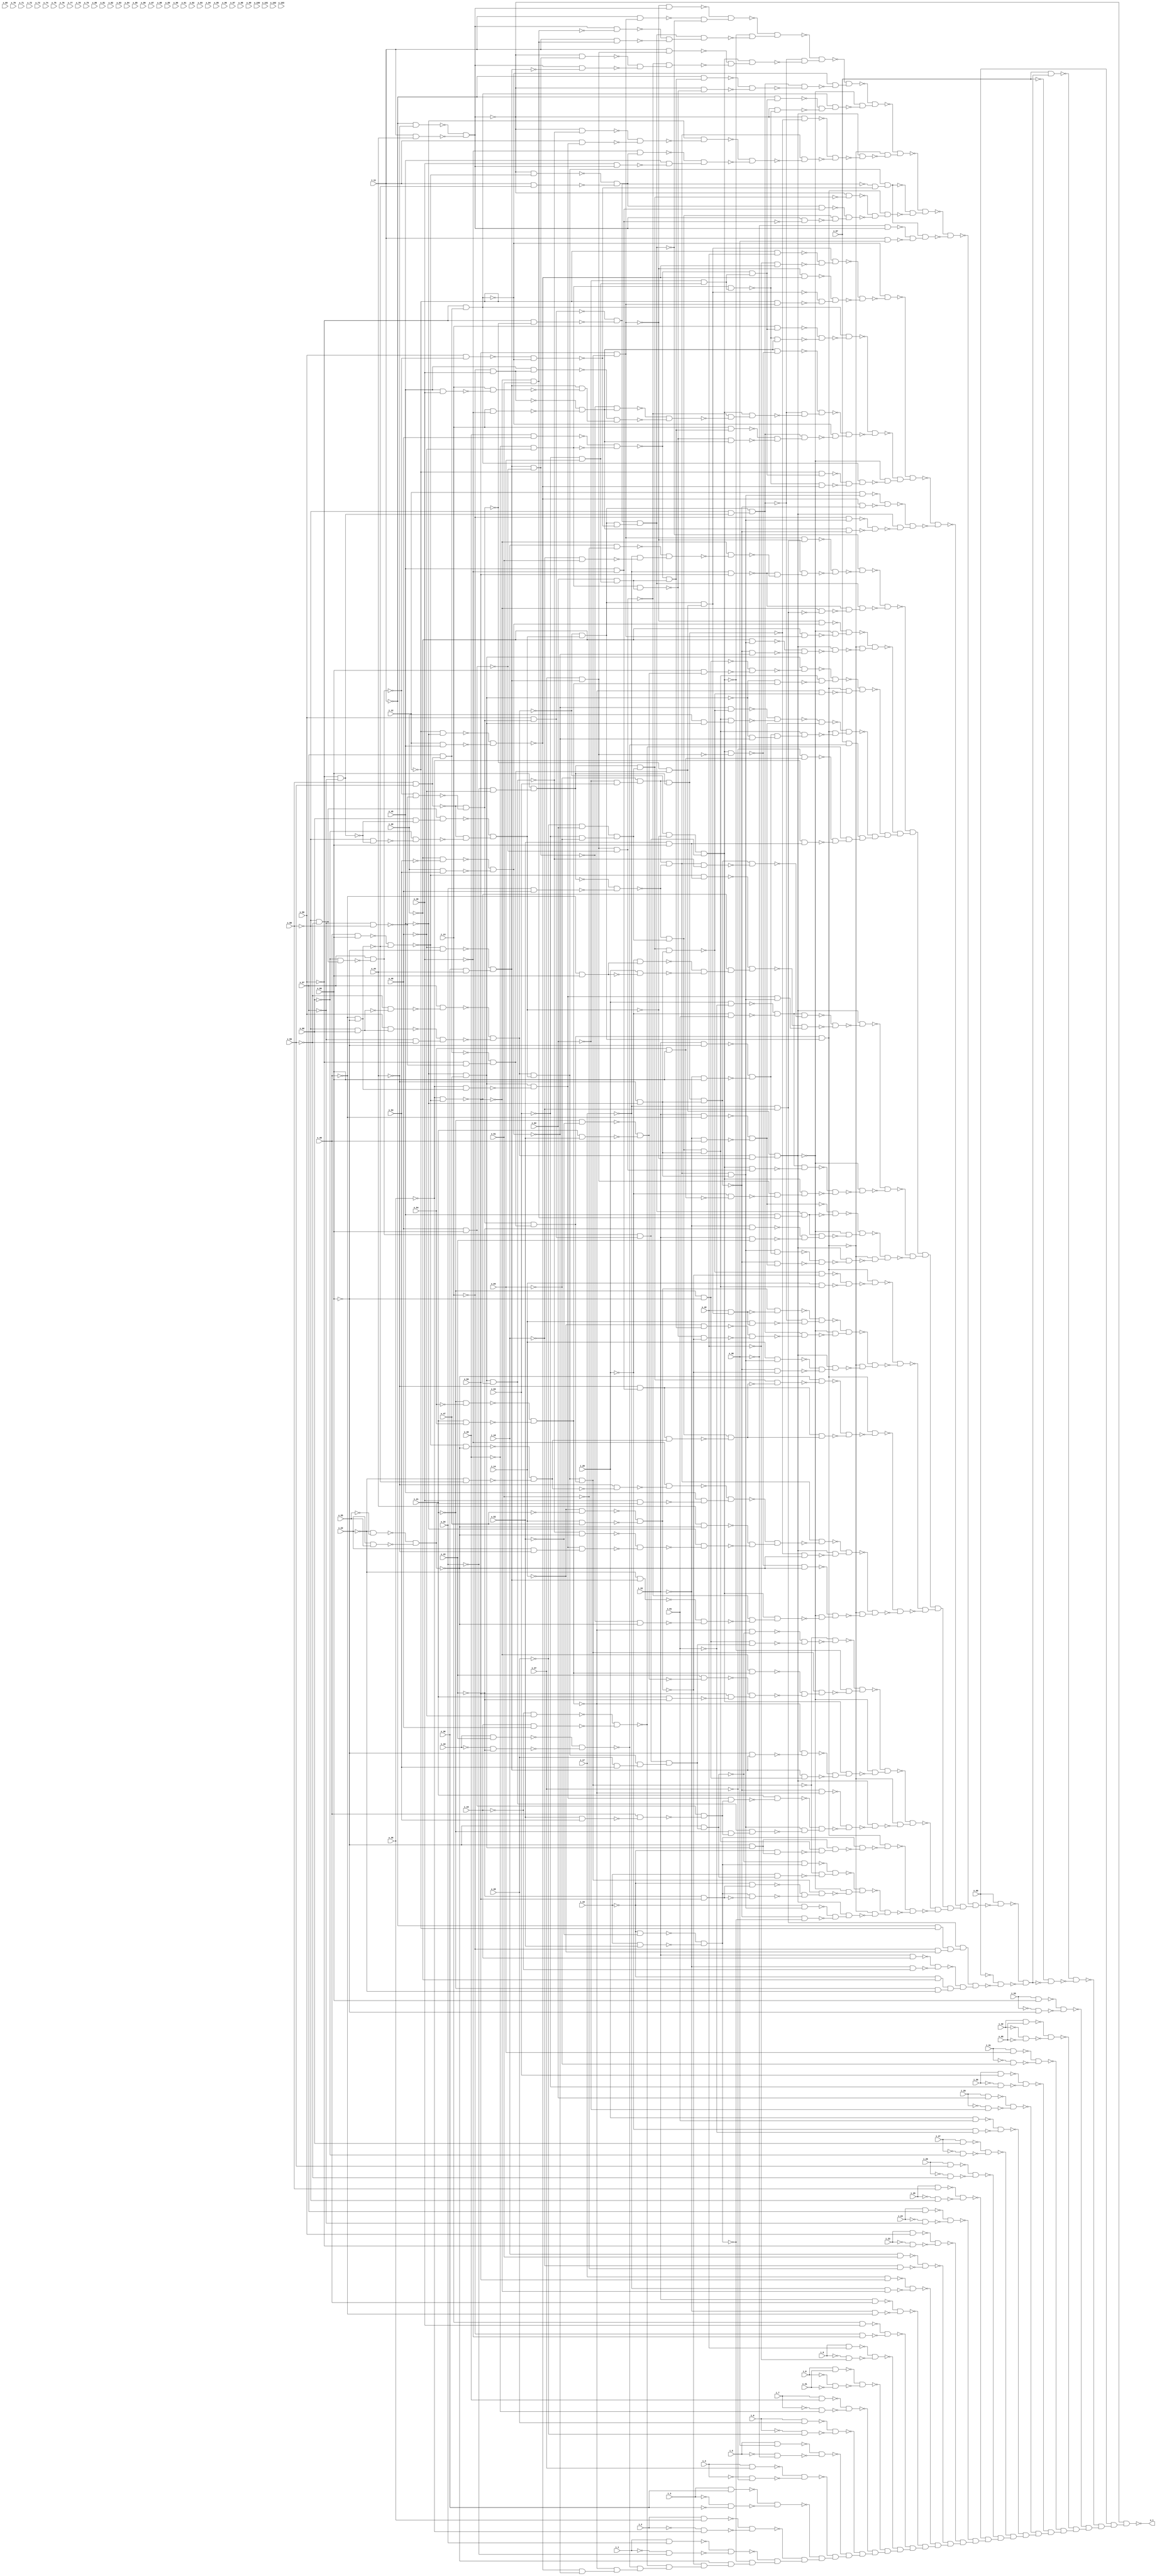
// Verilog file written by procedure writeCombinationalCircuitInVerilog
//Skolem functions to be generated for i_ variables
module kenflashp02_all_bit_differing_from_cycle ( i_1, i_2, i_3, i_4, i_5, i_6, i_7, i_8, i_9, i_10, i_11, i_12, i_13, i_14, i_15, i_16, i_17, i_18, i_19, i_20, i_21, i_22, i_23, i_24, i_25, i_26, i_27, i_28, i_29, i_30, i_31, i_32, i_33, x_34, x_35, x_36, x_37, x_38, x_39, x_40, x_41, x_42, x_43, x_44, x_45, x_46, x_47, x_48, x_49, x_50, x_51, x_52, x_53, x_54, x_55, x_56, x_57, x_58, x_59, x_60, x_61, x_62, x_63, x_64, x_65, x_66, x_67, x_68, x_69, x_70, x_71, x_72, x_73, x_74, x_75, x_76, x_77, x_78, x_79, x_80, x_81, x_82, x_83, x_84, x_85, x_86, x_87, x_88, x_89, x_90, x_91, x_92, x_93, x_94, x_95, x_96, x_97, x_98, x_99, x_100, x_101, x_102, x_103, o_1 );
input i_1;
input i_2;
input i_3;
input i_4;
input i_5;
input i_6;
input i_7;
input i_8;
input i_9;
input i_10;
input i_11;
input i_12;
input i_13;
input i_14;
input i_15;
input i_16;
input i_17;
input i_18;
input i_19;
input i_20;
input i_21;
input i_22;
input i_23;
input i_24;
input i_25;
input i_26;
input i_27;
input i_28;
input i_29;
input i_30;
input i_31;
input i_32;
input i_33;
input x_34;
input x_35;
input x_36;
input x_37;
input x_38;
input x_39;
input x_40;
input x_41;
input x_42;
input x_43;
input x_44;
input x_45;
input x_46;
input x_47;
input x_48;
input x_49;
input x_50;
input x_51;
input x_52;
input x_53;
input x_54;
input x_55;
input x_56;
input x_57;
input x_58;
input x_59;
input x_60;
input x_61;
input x_62;
input x_63;
input x_64;
input x_65;
input x_66;
input x_67;
input x_68;
input x_69;
input x_70;
input x_71;
input x_72;
input x_73;
input x_74;
input x_75;
input x_76;
input x_77;
input x_78;
input x_79;
input x_80;
input x_81;
input x_82;
input x_83;
input x_84;
input x_85;
input x_86;
input x_87;
input x_88;
input x_89;
input x_90;
input x_91;
input x_92;
input x_93;
input x_94;
input x_95;
input x_96;
input x_97;
input x_98;
input x_99;
input x_100;
input x_101;
input x_102;
input x_103;
output o_1;
wire n_1;
wire n_2;
wire n_3;
wire n_4;
wire n_5;
wire n_6;
wire n_7;
wire n_8;
wire n_9;
wire n_10;
wire n_11;
wire n_12;
wire n_13;
wire n_14;
wire n_15;
wire n_16;
wire n_17;
wire n_18;
wire n_19;
wire n_20;
wire n_21;
wire n_22;
wire n_23;
wire n_24;
wire n_25;
wire n_26;
wire n_27;
wire n_28;
wire n_29;
wire n_30;
wire n_31;
wire n_32;
wire n_33;
wire n_34;
wire n_35;
wire n_36;
wire n_37;
wire n_38;
wire n_39;
wire n_40;
wire n_41;
wire n_42;
wire n_43;
wire n_44;
wire n_45;
wire n_46;
wire n_47;
wire n_48;
wire n_49;
wire n_50;
wire n_51;
wire n_52;
wire n_53;
wire n_54;
wire n_55;
wire n_56;
wire n_57;
wire n_58;
wire n_59;
wire n_60;
wire n_61;
wire n_62;
wire n_63;
wire n_64;
wire n_65;
wire n_66;
wire n_67;
wire n_68;
wire n_69;
wire n_70;
wire n_71;
wire n_72;
wire n_73;
wire n_74;
wire n_75;
wire n_76;
wire n_77;
wire n_78;
wire n_79;
wire n_80;
wire n_81;
wire n_82;
wire n_83;
wire n_84;
wire n_85;
wire n_86;
wire n_87;
wire n_88;
wire n_89;
wire n_90;
wire n_91;
wire n_92;
wire n_93;
wire n_94;
wire n_95;
wire n_96;
wire n_97;
wire n_98;
wire n_99;
wire n_100;
wire n_101;
wire n_102;
wire n_103;
wire n_104;
wire n_105;
wire n_106;
wire n_107;
wire n_108;
wire n_109;
wire n_110;
wire n_111;
wire n_112;
wire n_113;
wire n_114;
wire n_115;
wire n_116;
wire n_117;
wire n_118;
wire n_119;
wire n_120;
wire n_121;
wire n_122;
wire n_123;
wire n_124;
wire n_125;
wire n_126;
wire n_127;
wire n_128;
wire n_129;
wire n_130;
wire n_131;
wire n_132;
wire n_133;
wire n_134;
wire n_135;
wire n_136;
wire n_137;
wire n_138;
wire n_139;
wire n_140;
wire n_141;
wire n_142;
wire n_143;
wire n_144;
wire n_145;
wire n_146;
wire n_147;
wire n_148;
wire n_149;
wire n_150;
wire n_151;
wire n_152;
wire n_153;
wire n_154;
wire n_155;
wire n_156;
wire n_157;
wire n_158;
wire n_159;
wire n_160;
wire n_161;
wire n_162;
wire n_163;
wire n_164;
wire n_165;
wire n_166;
wire n_167;
wire n_168;
wire n_169;
wire n_170;
wire n_171;
wire n_172;
wire n_173;
wire n_174;
wire n_175;
wire n_176;
wire n_177;
wire n_178;
wire n_179;
wire n_180;
wire n_181;
wire n_182;
wire n_183;
wire n_184;
wire n_185;
wire n_186;
wire n_187;
wire n_188;
wire n_189;
wire n_190;
wire n_191;
wire n_192;
wire n_193;
wire n_194;
wire n_195;
wire n_196;
wire n_197;
wire n_198;
wire n_199;
wire n_200;
wire n_201;
wire n_202;
wire n_203;
wire n_204;
wire n_205;
wire n_206;
wire n_207;
wire n_208;
wire n_209;
wire n_210;
wire n_211;
wire n_212;
wire n_213;
wire n_214;
wire n_215;
wire n_216;
wire n_217;
wire n_218;
wire n_219;
wire n_220;
wire n_221;
wire n_222;
wire n_223;
wire n_224;
wire n_225;
wire n_226;
wire n_227;
wire n_228;
wire n_229;
wire n_230;
wire n_231;
wire n_232;
wire n_233;
wire n_234;
wire n_235;
wire n_236;
wire n_237;
wire n_238;
wire n_239;
wire n_240;
wire n_241;
wire n_242;
wire n_243;
wire n_244;
wire n_245;
wire n_246;
wire n_247;
wire n_248;
wire n_249;
wire n_250;
wire n_251;
wire n_252;
wire n_253;
wire n_254;
wire n_255;
wire n_256;
wire n_257;
wire n_258;
wire n_259;
wire n_260;
wire n_261;
wire n_262;
wire n_263;
wire n_264;
wire n_265;
wire n_266;
wire n_267;
wire n_268;
wire n_269;
wire n_270;
wire n_271;
wire n_272;
wire n_273;
wire n_274;
wire n_275;
wire n_276;
wire n_277;
wire n_278;
wire n_279;
wire n_280;
wire n_281;
wire n_282;
wire n_283;
wire n_284;
wire n_285;
wire n_286;
wire n_287;
wire n_288;
wire n_289;
wire n_290;
wire n_291;
wire n_292;
wire n_293;
wire n_294;
wire n_295;
wire n_296;
wire n_297;
wire n_298;
wire n_299;
wire n_300;
wire n_301;
wire n_302;
wire n_303;
wire n_304;
wire n_305;
wire n_306;
wire n_307;
wire n_308;
wire n_309;
wire n_310;
wire n_311;
wire n_312;
wire n_313;
wire n_314;
wire n_315;
wire n_316;
wire n_317;
wire n_318;
wire n_319;
wire n_320;
wire n_321;
wire n_322;
wire n_323;
wire n_324;
wire n_325;
wire n_326;
wire n_327;
wire n_328;
wire n_329;
wire n_330;
wire n_331;
wire n_332;
wire n_333;
wire n_334;
wire n_335;
wire n_336;
wire n_337;
wire n_338;
wire n_339;
wire n_340;
wire n_341;
wire n_342;
wire n_343;
wire n_344;
wire n_345;
wire n_346;
wire n_347;
wire n_348;
wire n_349;
wire n_350;
wire n_351;
wire n_352;
wire n_353;
wire n_354;
wire n_355;
wire n_356;
wire n_357;
wire n_358;
wire n_359;
wire n_360;
wire n_361;
wire n_362;
wire n_363;
wire n_364;
wire n_365;
wire n_366;
wire n_367;
wire n_368;
wire n_369;
wire n_370;
wire n_371;
wire n_372;
wire n_373;
wire n_374;
wire n_375;
wire n_376;
wire n_377;
wire n_378;
wire n_379;
wire n_380;
wire n_381;
wire n_382;
wire n_383;
wire n_384;
wire n_385;
wire n_386;
wire n_387;
wire n_388;
wire n_389;
wire n_390;
wire n_391;
wire n_392;
wire n_393;
wire n_394;
wire n_395;
wire n_396;
wire n_397;
wire n_398;
wire n_399;
wire n_400;
wire n_401;
wire n_402;
wire n_403;
wire n_404;
wire n_405;
wire n_406;
wire n_407;
wire n_408;
wire n_409;
wire n_410;
wire n_411;
wire n_412;
wire n_413;
wire n_414;
wire n_415;
wire n_416;
wire n_417;
wire n_418;
wire n_419;
wire n_420;
wire n_421;
wire n_422;
wire n_423;
wire n_424;
wire n_425;
wire n_426;
wire n_427;
wire n_428;
wire n_429;
wire n_430;
wire n_431;
wire n_432;
wire n_433;
wire n_434;
wire n_435;
wire n_436;
wire n_437;
wire n_438;
wire n_439;
wire n_440;
wire n_441;
wire n_442;
wire n_443;
wire n_444;
wire n_445;
wire n_446;
wire n_447;
wire n_448;
wire n_449;
wire n_450;
wire n_451;
wire n_452;
wire n_453;
wire n_454;
wire n_455;
wire n_456;
wire n_457;
wire n_458;
wire n_459;
wire n_460;
wire n_461;
wire n_462;
wire n_463;
wire n_464;
wire n_465;
wire n_466;
wire n_467;
wire n_468;
wire n_469;
wire n_470;
wire n_471;
wire n_472;
wire n_473;
wire n_474;
wire n_475;
wire n_476;
wire n_477;
wire n_478;
wire n_479;
wire n_480;
wire n_481;
wire n_482;
wire n_483;
wire n_484;
wire n_485;
wire n_486;
wire n_487;
wire n_488;
wire n_489;
wire n_490;
wire n_491;
wire n_492;
wire n_493;
wire n_494;
wire n_495;
wire n_496;
wire n_497;
wire n_498;
wire n_499;
wire n_500;
wire n_501;
wire n_502;
wire n_503;
wire n_504;
wire n_505;
wire n_506;
wire n_507;
wire n_508;
wire n_509;
wire n_510;
wire n_511;
wire n_512;
wire n_513;
wire n_514;
wire n_515;
wire n_516;
wire n_517;
wire n_518;
wire n_519;
wire n_520;
wire n_521;
wire n_522;
wire n_523;
wire n_524;
wire n_525;
wire n_526;
wire n_527;
wire n_528;
wire n_529;
wire n_530;
wire n_531;
wire n_532;
wire n_533;
wire n_534;
wire n_535;
wire n_536;
wire n_537;
wire n_538;
wire n_539;
wire n_540;
wire n_541;
wire n_542;
wire n_543;
wire n_544;
wire n_545;
wire n_546;
wire n_547;
wire n_548;
wire n_549;
wire n_550;
wire n_551;
wire n_552;
wire n_553;
wire n_554;
wire n_555;
wire n_556;
wire n_557;
wire n_558;
wire n_559;
wire n_560;
wire n_561;
wire n_562;
wire n_563;
wire n_564;
wire n_565;
wire n_566;
wire n_567;
wire n_568;
wire n_569;
wire n_570;
wire n_571;
wire n_572;
wire n_573;
wire n_574;
wire n_575;
wire n_576;
wire n_577;
wire n_578;
wire n_579;
wire n_580;
wire n_581;
wire n_582;
wire n_583;
wire n_584;
wire n_585;
wire n_586;
wire n_587;
wire n_588;
wire n_589;
wire n_590;
wire n_591;
wire n_592;
wire n_593;
wire n_594;
wire n_595;
wire n_596;
wire n_597;
wire n_598;
wire n_599;
assign n_1 = ~i_11 & ~x_44;
assign n_2 =  i_11 &  x_44;
assign n_3 = ~n_1 & ~n_2;
assign n_4 = ~x_58 &  x_60;
assign n_5 = ~x_59 & ~n_4;
assign n_6 =  x_57 & ~n_5;
assign n_7 =  x_56 &  n_4;
assign n_8 = ~x_57 & ~x_59;
assign n_9 = ~n_7 &  n_8;
assign n_10 = ~n_6 & ~n_9;
assign n_11 = ~x_58 & ~x_59;
assign n_12 = ~x_56 & ~x_57;
assign n_13 =  x_60 & ~n_12;
assign n_14 =  n_11 &  n_13;
assign n_15 =  x_58 &  x_59;
assign n_16 = ~x_58 & ~n_12;
assign n_17 = ~x_60 & ~n_16;
assign n_18 = ~n_15 & ~n_17;
assign n_19 = ~n_14 &  n_18;
assign n_20 =  n_10 &  n_19;
assign n_21 = ~x_60 &  n_11;
assign n_22 =  x_57 & ~n_21;
assign n_23 = ~x_57 & ~x_58;
assign n_24 = ~n_22 & ~n_23;
assign n_25 = ~n_15 & ~n_24;
assign n_26 =  x_57 &  n_15;
assign n_27 = ~x_56 & ~n_23;
assign n_28 = ~n_26 &  n_27;
assign n_29 =  n_25 &  n_28;
assign n_30 =  n_20 &  n_29;
assign n_31 =  x_50 &  n_30;
assign n_32 = ~n_31 &  n_3;
assign n_33 =  i_11 &  n_31;
assign n_34 =  x_56 &  n_25;
assign n_35 = ~x_56 & ~n_25;
assign n_36 = ~n_34 & ~n_35;
assign n_37 = ~n_10 &  n_19;
assign n_38 =  x_56 & ~n_22;
assign n_39 = ~x_56 &  n_26;
assign n_40 = ~n_38 & ~n_39;
assign n_41 =  n_37 & ~n_40;
assign n_42 =  n_36 &  n_41;
assign n_43 = ~n_33 & ~n_42;
assign n_44 = ~n_32 &  n_43;
assign n_45 = ~n_10 & ~n_19;
assign n_46 =  n_22 &  n_34;
assign n_47 =  n_45 &  n_46;
assign n_48 = ~x_50 &  x_51;
assign n_49 =  n_3 & ~n_48;
assign n_50 =  i_11 &  n_48;
assign n_51 = ~n_49 & ~n_50;
assign n_52 =  n_42 &  n_51;
assign n_53 = ~n_47 & ~n_52;
assign n_54 = ~n_44 &  n_53;
assign n_55 = ~x_58 &  n_12;
assign n_56 =  n_37 &  n_55;
assign n_57 = ~x_49 & ~x_66;
assign n_58 =  x_36 &  x_44;
assign n_59 = ~n_57 &  n_58;
assign n_60 =  x_37 &  n_59;
assign n_61 =  i_11 &  n_60;
assign n_62 =  x_49 &  x_66;
assign n_63 =  n_60 & ~n_62;
assign n_64 =  n_59 & ~n_62;
assign n_65 = ~n_3 &  n_64;
assign n_66 =  n_3 & ~n_59;
assign n_67 = ~n_65 & ~n_66;
assign n_68 = ~n_63 &  n_67;
assign n_69 = ~n_61 & ~n_68;
assign n_70 =  n_47 &  n_69;
assign n_71 = ~n_56 & ~n_70;
assign n_72 = ~n_54 &  n_71;
assign n_73 =  x_40 &  x_49;
assign n_74 = ~x_40 & ~x_49;
assign n_75 = ~n_73 & ~n_74;
assign n_76 = ~x_63 &  x_64;
assign n_77 =  x_62 &  n_76;
assign n_78 = ~n_75 &  n_77;
assign n_79 = ~i_11 &  n_78;
assign n_80 =  n_74 &  n_77;
assign n_81 = ~n_3 & ~n_80;
assign n_82 = ~n_79 & ~n_81;
assign n_83 =  n_56 & ~n_82;
assign n_84 = ~n_39 & ~n_83;
assign n_85 = ~n_72 &  n_84;
assign n_86 = ~n_25 &  n_28;
assign n_87 =  n_10 & ~n_19;
assign n_88 =  n_86 &  n_87;
assign n_89 = ~x_62 &  n_76;
assign n_90 = ~n_75 &  n_89;
assign n_91 = ~i_11 &  n_90;
assign n_92 =  n_74 &  n_89;
assign n_93 = ~n_3 & ~n_92;
assign n_94 = ~n_91 & ~n_93;
assign n_95 =  n_39 &  n_94;
assign n_96 = ~n_88 & ~n_95;
assign n_97 = ~n_85 &  n_96;
assign n_98 =  n_29 &  n_37;
assign n_99 = ~x_62 &  x_63;
assign n_100 = ~x_64 &  n_99;
assign n_101 = ~x_34 & ~x_49;
assign n_102 =  x_66 &  n_101;
assign n_103 =  n_100 &  n_102;
assign n_104 = ~n_3 & ~n_103;
assign n_105 =  x_34 &  x_49;
assign n_106 = ~n_102 & ~n_105;
assign n_107 =  n_100 & ~n_106;
assign n_108 = ~x_45 &  x_47;
assign n_109 =  x_48 &  x_66;
assign n_110 = ~x_48 & ~x_66;
assign n_111 = ~n_109 & ~n_110;
assign n_112 = ~x_35 & ~n_111;
assign n_113 =  n_108 & ~n_112;
assign n_114 = ~n_3 & ~n_113;
assign n_115 = ~x_35 &  n_110;
assign n_116 =  n_108 & ~n_115;
assign n_117 =  i_11 &  n_116;
assign n_118 = ~n_114 & ~n_117;
assign n_119 = ~x_45 & ~n_118;
assign n_120 = ~n_3 & ~n_111;
assign n_121 =  i_11 & ~n_110;
assign n_122 = ~n_120 & ~n_121;
assign n_123 = ~x_46 &  n_122;
assign n_124 =  x_46 &  n_3;
assign n_125 =  x_45 & ~n_124;
assign n_126 = ~n_123 &  n_125;
assign n_127 = ~n_119 & ~n_126;
assign n_128 =  n_107 & ~n_127;
assign n_129 = ~n_104 & ~n_128;
assign n_130 =  n_88 & ~n_129;
assign n_131 = ~n_98 & ~n_130;
assign n_132 = ~n_97 &  n_131;
assign n_133 = ~n_36 & ~n_40;
assign n_134 =  n_20 &  n_133;
assign n_135 = ~x_39 &  x_62;
assign n_136 = ~x_63 & ~x_64;
assign n_137 =  n_135 &  n_136;
assign n_138 =  n_102 &  n_137;
assign n_139 = ~n_3 & ~n_138;
assign n_140 =  x_45 & ~x_46;
assign n_141 =  n_122 &  n_140;
assign n_142 = ~n_106 &  n_137;
assign n_143 =  n_3 & ~n_140;
assign n_144 =  n_142 & ~n_143;
assign n_145 = ~n_141 &  n_144;
assign n_146 = ~n_139 & ~n_145;
assign n_147 =  n_98 &  n_146;
assign n_148 = ~n_134 & ~n_147;
assign n_149 = ~n_132 &  n_148;
assign n_150 = ~x_38 &  n_3;
assign n_151 =  i_11 &  x_38;
assign n_152 = ~n_150 & ~n_151;
assign n_153 =  n_134 &  n_152;
assign n_154 = ~n_149 & ~n_153;
assign n_155 =  n_37 &  n_86;
assign n_156 = ~i_12 &  x_42;
assign n_157 = ~i_12 & ~x_45;
assign n_158 =  i_12 &  x_45;
assign n_159 = ~n_157 & ~n_158;
assign n_160 = ~x_42 & ~n_159;
assign n_161 = ~n_156 & ~n_160;
assign n_162 =  n_155 &  n_161;
assign n_163 = ~n_31 & ~n_159;
assign n_164 = ~i_12 &  n_31;
assign n_165 = ~n_155 & ~n_164;
assign n_166 = ~n_163 &  n_165;
assign n_167 = ~n_162 & ~n_166;
assign n_168 = ~n_39 & ~n_167;
assign n_169 =  i_13 &  n_90;
assign n_170 = ~i_13 &  x_46;
assign n_171 =  i_13 & ~x_46;
assign n_172 = ~n_170 & ~n_171;
assign n_173 = ~n_92 &  n_172;
assign n_174 = ~n_169 & ~n_173;
assign n_175 =  n_39 & ~n_174;
assign n_176 =  n_47 & ~n_60;
assign n_177 =  n_172 & ~n_176;
assign n_178 = ~n_64 &  n_172;
assign n_179 =  x_45 &  n_170;
assign n_180 =  x_45 &  x_46;
assign n_181 =  i_13 & ~n_180;
assign n_182 =  n_59 & ~n_181;
assign n_183 = ~n_179 &  n_182;
assign n_184 = ~n_178 & ~n_183;
assign n_185 = ~n_63 & ~n_184;
assign n_186 =  n_47 &  n_185;
assign n_187 = ~n_56 & ~n_186;
assign n_188 = ~n_177 &  n_187;
assign n_189 =  i_13 &  n_78;
assign n_190 = ~n_80 &  n_172;
assign n_191 = ~n_189 & ~n_190;
assign n_192 =  n_56 &  n_191;
assign n_193 = ~n_39 & ~n_192;
assign n_194 = ~n_188 &  n_193;
assign n_195 = ~n_175 & ~n_194;
assign n_196 = ~i_12 &  n_90;
assign n_197 = ~n_92 & ~n_159;
assign n_198 = ~n_196 & ~n_197;
assign n_199 =  n_39 &  n_198;
assign n_200 = ~n_88 & ~n_199;
assign n_201 = ~n_195 &  n_200;
assign n_202 = ~n_168 &  n_201;
assign n_203 = ~x_44 & ~x_45;
assign n_204 =  n_107 &  n_203;
assign n_205 =  i_12 &  n_204;
assign n_206 =  n_103 &  n_203;
assign n_207 = ~n_159 & ~n_206;
assign n_208 = ~n_205 & ~n_207;
assign n_209 = ~i_13 &  n_204;
assign n_210 =  n_172 & ~n_206;
assign n_211 = ~n_209 & ~n_210;
assign n_212 =  n_88 & ~n_211;
assign n_213 = ~n_208 &  n_212;
assign n_214 = ~n_202 & ~n_213;
assign n_215 = ~i_17 & ~i_18;
assign n_216 =  n_31 &  n_215;
assign n_217 = ~i_17 &  x_50;
assign n_218 =  i_18 & ~x_51;
assign n_219 = ~i_18 &  x_51;
assign n_220 = ~i_17 & ~n_219;
assign n_221 = ~n_218 &  n_220;
assign n_222 = ~x_50 & ~n_221;
assign n_223 = ~n_217 & ~n_222;
assign n_224 = ~n_31 &  n_223;
assign n_225 = ~n_216 & ~n_224;
assign n_226 = ~n_42 & ~n_225;
assign n_227 = ~x_50 & ~n_215;
assign n_228 = ~n_217 & ~n_227;
assign n_229 =  n_42 &  n_228;
assign n_230 = ~n_226 & ~n_229;
assign n_231 = ~i_20 & ~x_53;
assign n_232 =  i_20 &  x_53;
assign n_233 = ~n_231 & ~n_232;
assign n_234 = ~n_31 &  n_233;
assign n_235 = ~i_20 &  n_31;
assign n_236 = ~n_88 & ~n_235;
assign n_237 = ~n_234 &  n_236;
assign n_238 = ~i_20 &  n_204;
assign n_239 = ~n_206 & ~n_233;
assign n_240 = ~n_238 & ~n_239;
assign n_241 =  n_88 & ~n_240;
assign n_242 = ~n_98 & ~n_241;
assign n_243 = ~n_237 &  n_242;
assign n_244 = ~i_21 & ~x_66;
assign n_245 = ~i_21 & ~x_52;
assign n_246 =  i_21 &  x_52;
assign n_247 = ~n_245 & ~n_246;
assign n_248 =  x_66 &  n_247;
assign n_249 = ~n_244 & ~n_248;
assign n_250 =  n_108 & ~n_249;
assign n_251 =  n_142 &  n_203;
assign n_252 = ~i_21 & ~x_54;
assign n_253 =  i_21 &  x_54;
assign n_254 = ~n_252 & ~n_253;
assign n_255 = ~n_108 &  n_254;
assign n_256 =  n_251 & ~n_255;
assign n_257 = ~n_250 &  n_256;
assign n_258 =  n_138 &  n_203;
assign n_259 = ~n_254 & ~n_258;
assign n_260 =  n_98 & ~n_259;
assign n_261 = ~n_257 &  n_260;
assign n_262 = ~n_233 & ~n_258;
assign n_263 =  i_20 &  n_108;
assign n_264 =  n_251 &  n_263;
assign n_265 = ~n_262 & ~n_264;
assign n_266 =  i_15 & ~x_48;
assign n_267 = ~i_15 &  x_48;
assign n_268 = ~n_266 & ~n_267;
assign n_269 = ~n_265 &  n_268;
assign n_270 =  i_15 & ~x_66;
assign n_271 = ~i_15 &  x_66;
assign n_272 = ~n_270 & ~n_271;
assign n_273 = ~n_108 & ~n_233;
assign n_274 =  n_272 &  n_273;
assign n_275 =  n_251 &  n_274;
assign n_276 =  n_98 & ~n_275;
assign n_277 = ~n_269 &  n_276;
assign n_278 =  i_10 &  x_43;
assign n_279 = ~i_10 & ~x_43;
assign n_280 = ~n_278 & ~n_279;
assign n_281 =  x_67 & ~n_280;
assign n_282 = ~i_16 & ~x_49;
assign n_283 =  i_16 &  x_49;
assign n_284 = ~n_282 & ~n_283;
assign n_285 =  x_54 &  x_66;
assign n_286 = ~x_37 &  n_285;
assign n_287 =  x_52 &  x_66;
assign n_288 = ~x_35 &  n_287;
assign n_289 = ~n_286 & ~n_288;
assign n_290 = ~n_284 &  n_289;
assign n_291 =  n_281 &  n_290;
assign n_292 = ~n_277 &  n_291;
assign n_293 = ~n_261 &  n_292;
assign n_294 = ~n_243 &  n_293;
assign n_295 = ~n_230 &  n_294;
assign n_296 =  i_28 & ~x_61;
assign n_297 = ~i_28 &  x_61;
assign n_298 = ~n_296 & ~n_297;
assign n_299 =  n_107 & ~n_113;
assign n_300 =  n_206 & ~n_299;
assign n_301 =  n_298 & ~n_300;
assign n_302 = ~n_111 &  n_287;
assign n_303 = ~x_48 &  x_66;
assign n_304 = ~i_28 &  n_303;
assign n_305 =  i_28 & ~n_303;
assign n_306 = ~n_304 & ~n_305;
assign n_307 = ~n_112 &  n_306;
assign n_308 = ~n_302 &  n_307;
assign n_309 =  n_116 &  n_204;
assign n_310 = ~n_308 &  n_309;
assign n_311 = ~n_301 & ~n_310;
assign n_312 =  n_88 & ~n_311;
assign n_313 =  n_47 &  n_63;
assign n_314 =  n_298 & ~n_313;
assign n_315 = ~i_28 & ~n_285;
assign n_316 =  n_60 & ~n_315;
assign n_317 =  n_47 &  n_316;
assign n_318 = ~n_314 & ~n_317;
assign n_319 = ~n_88 & ~n_318;
assign n_320 = ~n_312 & ~n_319;
assign n_321 =  x_45 &  n_48;
assign n_322 =  n_42 &  n_321;
assign n_323 = ~n_268 & ~n_322;
assign n_324 = ~i_15 & ~x_43;
assign n_325 =  i_15 &  x_43;
assign n_326 = ~n_324 & ~n_325;
assign n_327 =  n_322 &  n_326;
assign n_328 = ~n_88 & ~n_327;
assign n_329 = ~n_323 &  n_328;
assign n_330 =  n_204 &  n_272;
assign n_331 = ~n_206 &  n_268;
assign n_332 = ~n_330 & ~n_331;
assign n_333 =  n_88 & ~n_332;
assign n_334 = ~n_98 & ~n_333;
assign n_335 = ~n_329 &  n_334;
assign n_336 = ~n_320 & ~n_335;
assign n_337 =  n_295 &  n_336;
assign n_338 = ~i_14 & ~x_47;
assign n_339 =  i_14 &  x_47;
assign n_340 = ~n_338 & ~n_339;
assign n_341 = ~n_258 & ~n_340;
assign n_342 =  i_14 &  n_251;
assign n_343 = ~n_341 & ~n_342;
assign n_344 =  n_98 & ~n_343;
assign n_345 =  x_42 &  n_155;
assign n_346 =  n_340 & ~n_345;
assign n_347 =  i_14 &  n_345;
assign n_348 = ~n_56 & ~n_347;
assign n_349 = ~n_346 &  n_348;
assign n_350 = ~i_14 &  n_78;
assign n_351 = ~n_80 & ~n_340;
assign n_352 = ~n_350 & ~n_351;
assign n_353 =  n_56 & ~n_352;
assign n_354 = ~n_88 & ~n_353;
assign n_355 = ~n_349 &  n_354;
assign n_356 =  i_14 &  n_204;
assign n_357 = ~n_206 & ~n_340;
assign n_358 = ~n_356 & ~n_357;
assign n_359 =  n_88 &  n_358;
assign n_360 = ~n_98 & ~n_359;
assign n_361 = ~n_355 &  n_360;
assign n_362 = ~n_344 & ~n_361;
assign n_363 = ~i_22 & ~x_55;
assign n_364 =  i_22 &  x_55;
assign n_365 = ~n_363 & ~n_364;
assign n_366 = ~x_44 &  n_140;
assign n_367 = ~n_111 & ~n_365;
assign n_368 = ~i_22 & ~n_110;
assign n_369 = ~n_367 & ~n_368;
assign n_370 =  n_366 &  n_369;
assign n_371 =  n_142 & ~n_370;
assign n_372 =  n_138 & ~n_371;
assign n_373 = ~n_365 & ~n_372;
assign n_374 =  n_366 &  n_371;
assign n_375 = ~n_373 & ~n_374;
assign n_376 =  n_98 & ~n_375;
assign n_377 = ~x_44 & ~n_369;
assign n_378 = ~x_46 & ~n_377;
assign n_379 =  x_46 &  n_365;
assign n_380 =  x_45 & ~n_379;
assign n_381 = ~n_378 &  n_380;
assign n_382 =  x_44 & ~n_365;
assign n_383 = ~n_113 & ~n_365;
assign n_384 =  i_22 & ~x_44;
assign n_385 =  n_116 &  n_384;
assign n_386 = ~n_383 & ~n_385;
assign n_387 = ~x_45 & ~n_386;
assign n_388 = ~n_382 & ~n_387;
assign n_389 = ~n_381 &  n_388;
assign n_390 =  n_107 & ~n_389;
assign n_391 = ~n_103 & ~n_365;
assign n_392 =  n_88 & ~n_391;
assign n_393 = ~n_390 &  n_392;
assign n_394 = ~n_176 & ~n_365;
assign n_395 = ~i_22 &  n_59;
assign n_396 = ~n_64 & ~n_365;
assign n_397 = ~n_395 & ~n_396;
assign n_398 = ~n_63 & ~n_397;
assign n_399 =  n_47 &  n_398;
assign n_400 = ~n_88 & ~n_399;
assign n_401 = ~n_394 &  n_400;
assign n_402 = ~n_98 & ~n_401;
assign n_403 = ~n_393 &  n_402;
assign n_404 = ~n_376 & ~n_403;
assign n_405 = ~n_362 & ~n_404;
assign n_406 =  n_337 &  n_405;
assign n_407 =  x_39 &  x_53;
assign n_408 =  n_20 &  n_407;
assign n_409 =  n_46 &  n_408;
assign n_410 = ~x_66 &  n_409;
assign n_411 = ~n_254 & ~n_410;
assign n_412 =  n_244 &  n_409;
assign n_413 = ~n_411 & ~n_412;
assign n_414 = ~n_30 & ~n_413;
assign n_415 = ~x_50 &  n_254;
assign n_416 =  x_43 & ~n_247;
assign n_417 =  i_21 & ~x_43;
assign n_418 =  x_50 & ~n_417;
assign n_419 = ~n_416 &  n_418;
assign n_420 = ~n_415 & ~n_419;
assign n_421 =  n_30 &  n_420;
assign n_422 = ~n_47 & ~n_421;
assign n_423 = ~n_414 &  n_422;
assign n_424 = ~x_66 &  n_59;
assign n_425 = ~n_254 & ~n_424;
assign n_426 =  n_59 &  n_244;
assign n_427 = ~n_425 & ~n_426;
assign n_428 =  n_47 &  n_427;
assign n_429 = ~n_88 & ~n_428;
assign n_430 = ~n_423 &  n_429;
assign n_431 = ~n_206 & ~n_254;
assign n_432 =  x_52 &  x_53;
assign n_433 =  x_48 & ~n_432;
assign n_434 =  n_62 & ~n_433;
assign n_435 =  n_116 &  n_434;
assign n_436 =  i_21 & ~n_435;
assign n_437 = ~i_21 &  n_434;
assign n_438 =  n_113 &  n_437;
assign n_439 =  n_204 & ~n_438;
assign n_440 = ~n_436 &  n_439;
assign n_441 = ~n_431 & ~n_440;
assign n_442 =  n_88 & ~n_441;
assign n_443 = ~n_98 & ~n_442;
assign n_444 = ~n_430 &  n_443;
assign n_445 = ~i_19 & ~x_52;
assign n_446 =  i_19 &  x_52;
assign n_447 = ~n_445 & ~n_446;
assign n_448 = ~x_66 &  n_108;
assign n_449 = ~i_19 &  n_448;
assign n_450 =  n_251 & ~n_449;
assign n_451 =  n_448 &  n_450;
assign n_452 =  n_447 & ~n_451;
assign n_453 =  n_98 & ~n_452;
assign n_454 = ~n_410 &  n_447;
assign n_455 =  i_19 &  n_410;
assign n_456 = ~n_30 & ~n_455;
assign n_457 = ~n_454 &  n_456;
assign n_458 = ~x_43 &  x_50;
assign n_459 = ~i_19 &  n_458;
assign n_460 =  n_447 & ~n_458;
assign n_461 = ~n_459 & ~n_460;
assign n_462 =  n_30 &  n_461;
assign n_463 = ~n_88 & ~n_462;
assign n_464 = ~n_457 &  n_463;
assign n_465 = ~i_19 &  n_204;
assign n_466 = ~n_206 & ~n_447;
assign n_467 = ~n_465 & ~n_466;
assign n_468 =  n_88 &  n_467;
assign n_469 = ~n_98 & ~n_468;
assign n_470 = ~n_464 &  n_469;
assign n_471 = ~n_453 & ~n_470;
assign n_472 = ~n_444 & ~n_471;
assign n_473 =  n_406 &  n_472;
assign n_474 = ~n_214 &  n_473;
assign n_475 = ~n_154 &  n_474;
assign n_476 =  x_68 & ~n_475;
assign n_477 = ~i_11 & ~i_12;
assign n_478 = ~i_13 & ~i_14;
assign n_479 =  n_477 &  n_478;
assign n_480 =  n_215 &  n_479;
assign n_481 =  i_15 &  i_16;
assign n_482 = ~i_15 & ~i_16;
assign n_483 = ~n_481 & ~n_482;
assign n_484 = ~i_19 & ~i_20;
assign n_485 = ~i_21 & ~i_22;
assign n_486 =  n_484 &  n_485;
assign n_487 = ~n_483 &  n_486;
assign n_488 =  n_480 &  n_487;
assign n_489 = ~x_68 & ~n_488;
assign n_490 = ~n_476 & ~n_489;
assign n_491 =  x_67 &  n_490;
assign n_492 = ~x_67 & ~n_490;
assign n_493 = ~n_491 & ~n_492;
assign n_494 =  i_33 &  x_66;
assign n_495 = ~i_33 & ~x_66;
assign n_496 = ~n_494 & ~n_495;
assign n_497 =  i_32 &  x_65;
assign n_498 = ~i_32 & ~x_65;
assign n_499 = ~n_497 & ~n_498;
assign n_500 =  i_31 &  x_64;
assign n_501 = ~i_31 & ~x_64;
assign n_502 = ~n_500 & ~n_501;
assign n_503 =  i_30 &  x_63;
assign n_504 = ~i_30 & ~x_63;
assign n_505 = ~n_503 & ~n_504;
assign n_506 =  i_29 &  x_62;
assign n_507 = ~i_29 & ~x_62;
assign n_508 = ~n_506 & ~n_507;
assign n_509 =  i_28 &  x_61;
assign n_510 = ~i_28 & ~x_61;
assign n_511 = ~n_509 & ~n_510;
assign n_512 =  i_27 &  x_60;
assign n_513 = ~i_27 & ~x_60;
assign n_514 = ~n_512 & ~n_513;
assign n_515 =  i_26 &  x_59;
assign n_516 = ~i_26 & ~x_59;
assign n_517 = ~n_515 & ~n_516;
assign n_518 =  i_25 &  x_58;
assign n_519 = ~i_25 & ~x_58;
assign n_520 = ~n_518 & ~n_519;
assign n_521 =  i_24 &  x_57;
assign n_522 = ~i_24 & ~x_57;
assign n_523 = ~n_521 & ~n_522;
assign n_524 =  i_23 &  x_56;
assign n_525 = ~i_23 & ~x_56;
assign n_526 = ~n_524 & ~n_525;
assign n_527 =  i_18 &  x_51;
assign n_528 = ~i_18 & ~x_51;
assign n_529 = ~n_527 & ~n_528;
assign n_530 =  i_17 &  x_50;
assign n_531 = ~i_17 & ~x_50;
assign n_532 = ~n_530 & ~n_531;
assign n_533 =  i_15 &  x_48;
assign n_534 = ~i_15 & ~x_48;
assign n_535 = ~n_533 & ~n_534;
assign n_536 =  i_13 &  x_46;
assign n_537 = ~i_13 & ~x_46;
assign n_538 = ~n_536 & ~n_537;
assign n_539 =  i_9 &  x_42;
assign n_540 = ~i_9 & ~x_42;
assign n_541 = ~n_539 & ~n_540;
assign n_542 =  i_8 &  x_41;
assign n_543 = ~i_8 & ~x_41;
assign n_544 = ~n_542 & ~n_543;
assign n_545 =  i_7 &  x_40;
assign n_546 = ~i_7 & ~x_40;
assign n_547 = ~n_545 & ~n_546;
assign n_548 =  i_6 &  x_39;
assign n_549 = ~i_6 & ~x_39;
assign n_550 = ~n_548 & ~n_549;
assign n_551 =  i_5 &  x_38;
assign n_552 = ~i_5 & ~x_38;
assign n_553 = ~n_551 & ~n_552;
assign n_554 =  i_4 &  x_37;
assign n_555 = ~i_4 & ~x_37;
assign n_556 = ~n_554 & ~n_555;
assign n_557 =  i_3 &  x_36;
assign n_558 = ~i_3 & ~x_36;
assign n_559 = ~n_557 & ~n_558;
assign n_560 =  i_2 &  x_35;
assign n_561 = ~i_2 & ~x_35;
assign n_562 = ~n_560 & ~n_561;
assign n_563 =  i_1 &  x_34;
assign n_564 = ~i_1 & ~x_34;
assign n_565 = ~n_563 & ~n_564;
assign n_566 = ~n_159 & ~n_233;
assign n_567 = ~n_254 &  n_566;
assign n_568 = ~n_280 &  n_567;
assign n_569 = ~n_284 &  n_568;
assign n_570 = ~n_340 &  n_569;
assign n_571 = ~n_365 &  n_570;
assign n_572 = ~n_447 &  n_571;
assign n_573 = ~n_565 &  n_572;
assign n_574 = ~n_562 &  n_573;
assign n_575 = ~n_559 &  n_574;
assign n_576 = ~n_556 &  n_575;
assign n_577 = ~n_553 &  n_576;
assign n_578 = ~n_550 &  n_577;
assign n_579 = ~n_547 &  n_578;
assign n_580 = ~n_544 &  n_579;
assign n_581 = ~n_541 &  n_580;
assign n_582 = ~n_538 &  n_581;
assign n_583 = ~n_535 &  n_582;
assign n_584 = ~n_532 &  n_583;
assign n_585 = ~n_529 &  n_584;
assign n_586 = ~n_526 &  n_585;
assign n_587 = ~n_523 &  n_586;
assign n_588 = ~n_520 &  n_587;
assign n_589 = ~n_517 &  n_588;
assign n_590 = ~n_514 &  n_589;
assign n_591 = ~n_511 &  n_590;
assign n_592 = ~n_508 &  n_591;
assign n_593 = ~n_505 &  n_592;
assign n_594 = ~n_502 &  n_593;
assign n_595 = ~n_499 &  n_594;
assign n_596 = ~n_496 &  n_595;
assign n_597 = ~n_493 &  n_596;
assign n_598 =  x_68 &  n_597;
assign n_599 = ~n_3 &  n_598;
assign o_1 = ~n_599;
endmodule